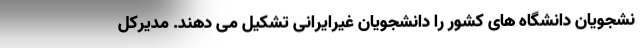
نشجویان دانشگاه های کشور را دانشجویان غیرایرانی تشکیل می دهند. مدیرکل